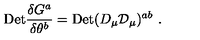
\mathrm { { D e t } } { \frac { \delta G ^ { a } } { \delta \theta ^ { b } } } = { \mathrm { D e t } } ( D _ { \mu } { \cal D } _ { \mu } ) ^ { a b } \ .